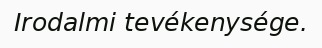
Irodalmi tevékenysége.